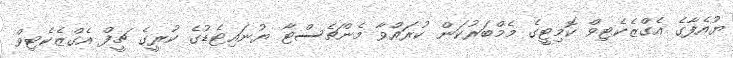
ޔުއެފާގެ އެގްޒެކެޓިވް ކޮމިޓީގެ މެމްބަރުކަން ކުރައްވާ މެންޗެސްޓާ ޔުނައިޓެޑުގެ ކުރީގެ ޗީފް އެގްޒެކެޓިވް